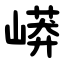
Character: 㟿